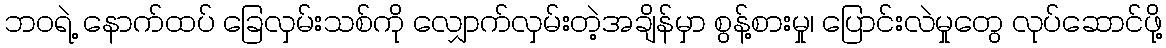
ဘဝရဲ့ နောက်ထပ် ခြေလှမ်းသစ်ကို လျှောက်လှမ်းတဲ့အချိန်မှာ စွန့်စားမှု၊ ပြောင်းလဲမှုတွေ လုပ်ဆောင်ဖို့